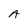
Character: A